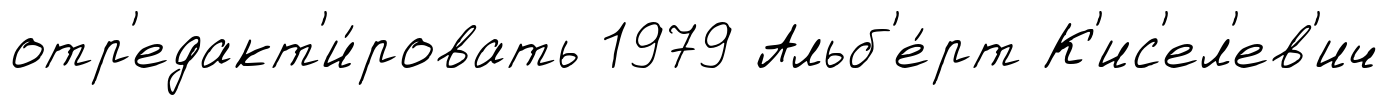
отр'едакт'и́ровать 1979 Альб'е́рт К'ис'ел'ев'ич